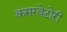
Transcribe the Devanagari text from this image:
कंसरवेटोरी